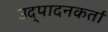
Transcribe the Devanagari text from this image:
उद्पादनकर्ता